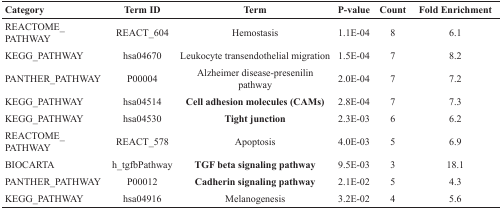
<table><thead><tr><td><b>Category</b></td><td><b>Term ID</b></td><td><b>Term</b></td><td><b>P-value</b></td><td><b>Count</b></td><td><b>Fold Enrichment</b></td></tr></thead><tbody><tr><td>REACTOME_PATHWAY</td><td>REACT_604</td><td>Hemostasis</td><td>1.1E-04</td><td>8</td><td>6.1</td></tr><tr><td>KEGG_PATHWAY</td><td>hsa04670</td><td>Leukocyte transendothelial migration</td><td>1.5E-04</td><td>7</td><td>8.2</td></tr><tr><td>PANTHER_PATHWAY</td><td>P00004</td><td>Alzheimer disease-presenilin pathway</td><td>2.0E-04</td><td>7</td><td>7.2</td></tr><tr><td>KEGG_PATHWAY</td><td>hsa04514</td><td><b>Cell adhesion molecules (CAMs)</b></td><td>2.8E-04</td><td>7</td><td>7.3</td></tr><tr><td>KEGG_PATHWAY</td><td>hsa04530</td><td><b>Tight junction</b></td><td>2.3E-03</td><td>6</td><td>6.2</td></tr><tr><td>REACTOME_PATHWAY</td><td>REACT_578</td><td>Apoptosis</td><td>4.0E-03</td><td>5</td><td>6.9</td></tr><tr><td>BIOCARTA</td><td>h_tgfbPathway</td><td><b>TGF beta signaling pathway</b></td><td>9.5E-03</td><td>3</td><td>18.1</td></tr><tr><td>PANTHER_PATHWAY</td><td>P00012</td><td><b>Cadherin signaling pathway</b></td><td>2.1E-02</td><td>5</td><td>4.3</td></tr><tr><td>KEGG_PATHWAY</td><td>hsa04916</td><td>Melanogenesis</td><td>3.2E-02</td><td>4</td><td>5.6</td></tr></tbody></table>